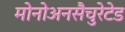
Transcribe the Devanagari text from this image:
मोनोअनसैचुरेटेड